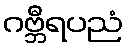
ဂဗ္ဘီရပညံ